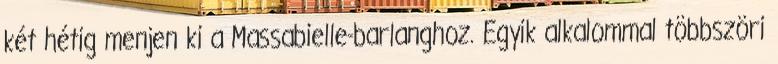
két hétig menjen ki a Massabielle-barlanghoz. Egyik alkalommal többszöri